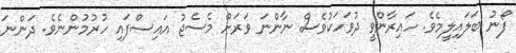
ފޯނު ބަލައިލީމެވެ. ހައިރާންވީ ދުވަހަކުވެސް ނާންނަ ވަރަށް މެސެޖު އައިސްފައި ހުރުމުންނެވެ. ދަންނަ